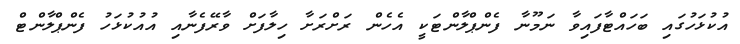
އުކުޅަހުގައި ބަހައްޓާފައިވާ ނަމޫނާ ފެންޕްލާންޓަކީ އެހެން ރަށްރަށާ ހިލާފަށް ވާރޭފެނާއި އުއުކުޅަހު ފެންޕްލާންޓް